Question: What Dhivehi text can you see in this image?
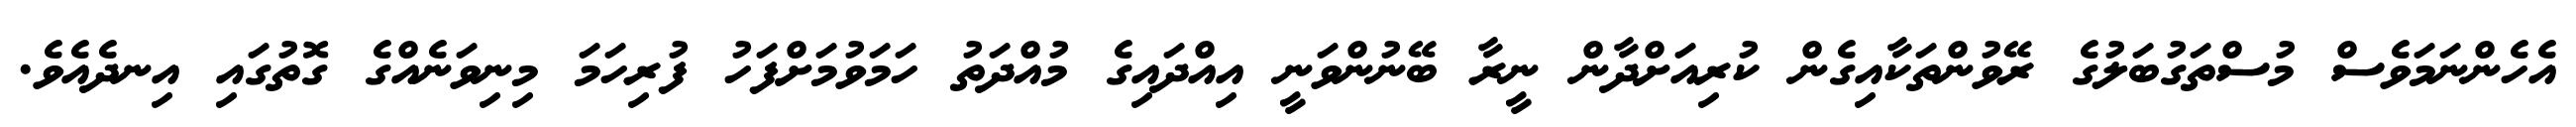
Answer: އެހެންނަމަވެސް މުސްތަގުބަލުގެ ރޭވުންތަކާއިގެން ކުރިއަށްދާން ނީރާ ބޭނުންވަނީ އިއްދައިގެ މުއްދަތު ހަމަވުމަށްފަހު ފުރިހަމަ މިނިވަނެއްގެ ގޮތުގައި އިނދެއެވެ.